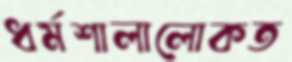
ধর্মশালালোকত